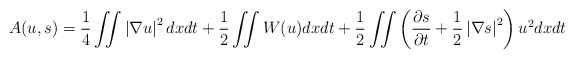
\begin{align*}A(u,s)=\frac{1}{4}\iint \left \vert \nabla u\right \vert ^{2}dxdt+\frac{1}{2}\iint W(u)dxdt+\frac{1}{2}\iint \left( \frac{\partial s}{\partial t}+\frac{1}{2}\left \vert \nabla s\right \vert ^{2}\right) u^{2}dxdt\end{align*}